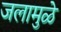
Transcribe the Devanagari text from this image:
जलामुळे